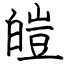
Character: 皚